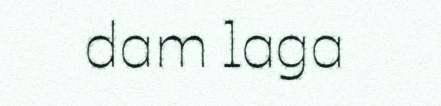
dam laga